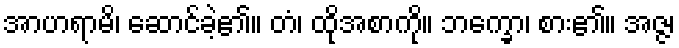
အာဟရာမိ၊ ဆောင်ခဲ့၏။ တံ၊ ထိုအစာကို။ ဘက္ခော၊ စား၏။ အဇ္ဇ၊